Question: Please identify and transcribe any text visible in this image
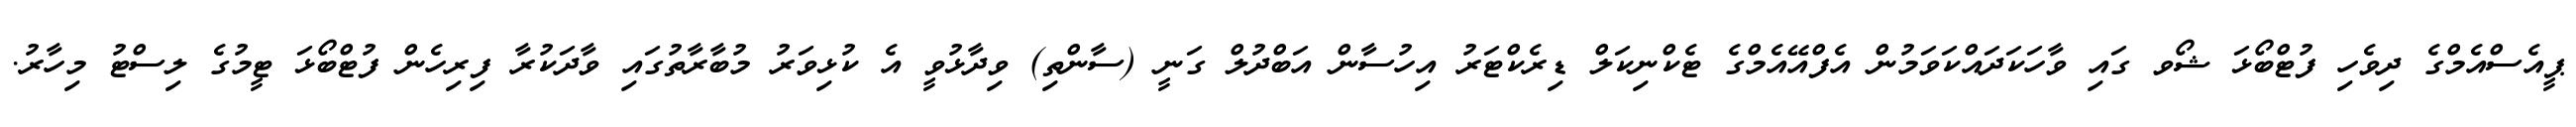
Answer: ޕީއެސްއެމްގެ ދިވެހި ފުޓްބޯޅަ ޝޯވ ގައި ވާހަކަދައްކަވަމުން އެފްއޭއެމްގެ ޓެކްނިކަލް ޑިރެކްޓަރު އިހުސާން އަބްދުލް ގަނީ (ސާންތި) ވިދާޅުވީ އެ ކުޅިވަރު މުބާރާތުގައި ވާދަކުރާ ފިރިހެން ފުޓްބޯޅަ ޓީމުގެ ލިސްޓު މިހާރު.